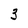
Character: 3